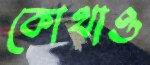
কোথাও